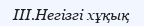
III.Негізгі хұқық